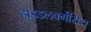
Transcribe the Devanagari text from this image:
हाइडलबर्गेसिस